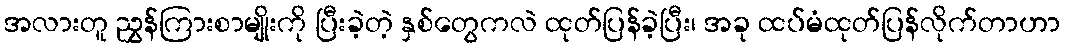
အလားတူ ညွှန်ကြားစာမျိုးကို ပြီးခဲ့တဲ့ နှစ်တွေကလဲ ထုတ်ပြန်ခဲ့ပြီး၊ အခု ထပ်မံထုတ်ပြန်လိုက်တာဟာ